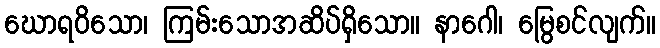
ဃောရဝိသော၊ ကြမ်းသောအဆိပ်ရှိသော။ နာဂေါ၊ မြွေစင်လျက်။